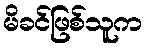
မိခင်ဖြစ်သူက